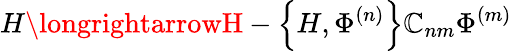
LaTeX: H\longrightarrowH-\left\{ H,\Phi^{(n)}\right\} \mathbb{C}_{nm}\Phi^{(m)}